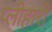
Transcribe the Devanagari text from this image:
प्लीहारी